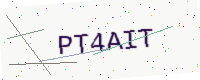
Text: PT4AIT